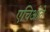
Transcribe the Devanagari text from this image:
एचिओते